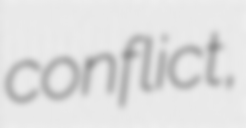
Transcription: conflict,